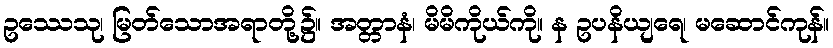
ဥဿေသု၊ မြတ်သောအရာတို့၌။ အတ္တာနံ၊ မိမိကိုယ်ကို။ န ဥပနိယျရေ၊ မဆောင်ကုန်။